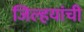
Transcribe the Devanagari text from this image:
जिल्हयांची